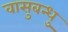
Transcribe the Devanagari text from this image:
वासुबन्धु